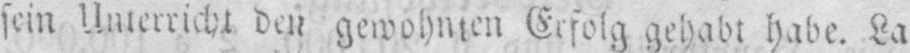
sein Unterricht den gewohnten Erfolg gehabt habe. La